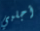
أجلبي